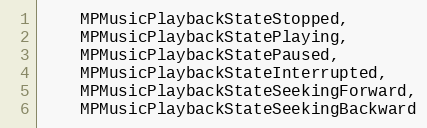
Language: C
    MPMusicPlaybackStateStopped,
    MPMusicPlaybackStatePlaying,
    MPMusicPlaybackStatePaused,
    MPMusicPlaybackStateInterrupted,
    MPMusicPlaybackStateSeekingForward,
    MPMusicPlaybackStateSeekingBackward